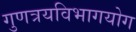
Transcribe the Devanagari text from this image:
गुणत्रयविभागयोग